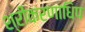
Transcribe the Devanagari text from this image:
श्रीकरणाधिप